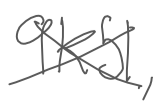
Text: 9K51,
Cross-out: cross
Writing tool: digital_gray